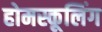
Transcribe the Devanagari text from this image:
होमस्कूलिंग